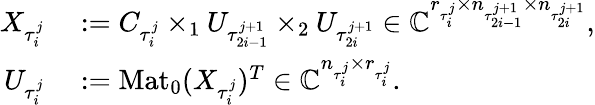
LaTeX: \begin{array}{rl}{X_{\tau_{i}^{j}}}&{{}:=C_{\tau_{i}^{j}}\times_{1}U_{\tau_{2i-1}^{j+1}}\times_{2}U_{\tau_{2i}^{j+1}}\in\mathbb{C}^{r_{\tau_{i}^{j}}\times n_{\tau_{2i-1}^{j+1}}\times n_{\tau_{2i}^{j+1}}},}\\ {U_{\tau_{i}^{j}}}&{{}:=\mathrm{Mat}_{0}(X_{\tau_{i}^{j}})^{T}\in\mathbb{C}^{n_{\tau_{i}^{j}}\times r_{\tau_{i}^{j}}}.}\end{array}